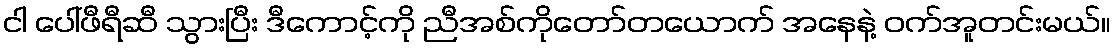
ငါ ပေါ်ဖီရီဆီ သွားပြီး ဒီကောင့်ကို ညီအစ်ကိုတော်တယောက် အနေနဲ့ ဝက်အူတင်းမယ်။